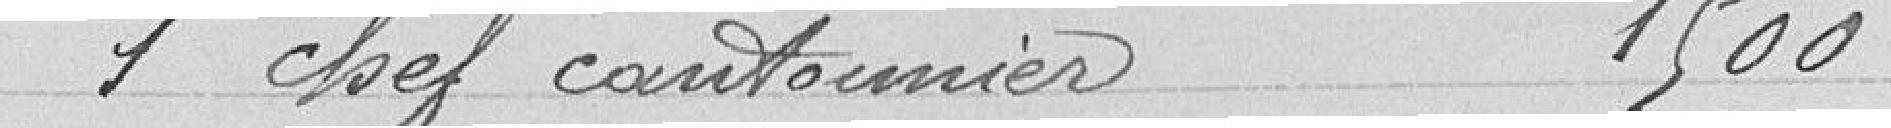
1 chef cantonnier 1500